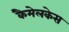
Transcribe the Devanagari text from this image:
कैमेलकेस